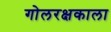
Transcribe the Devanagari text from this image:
गोलरक्षकाला